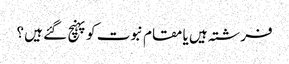
فرشتہ ہیں یا مقام نبوت کو پہنچ گئے ہیں ؟